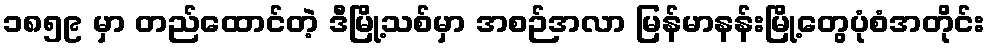
၁၈၅၉ မှာ တည်ထောင်တဲ့ ဒီမြို့သစ်မှာ အစဉ်အလာ မြန်မာနန်းမြို့တွေပုံစံအတိုင်း